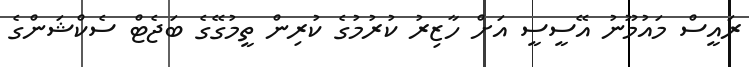
ރައީސް މައުމޫނު އޭސީސީ އަށް ހާޒިރު ކުރުމުގެ ކުރިން ތީމުގޭގެ ބަޖެޓް ސެކްޝަންގެ